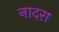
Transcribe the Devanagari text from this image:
नादरा